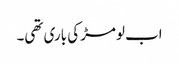
اب لومڑ کی باری تھی۔